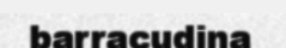
barracudina